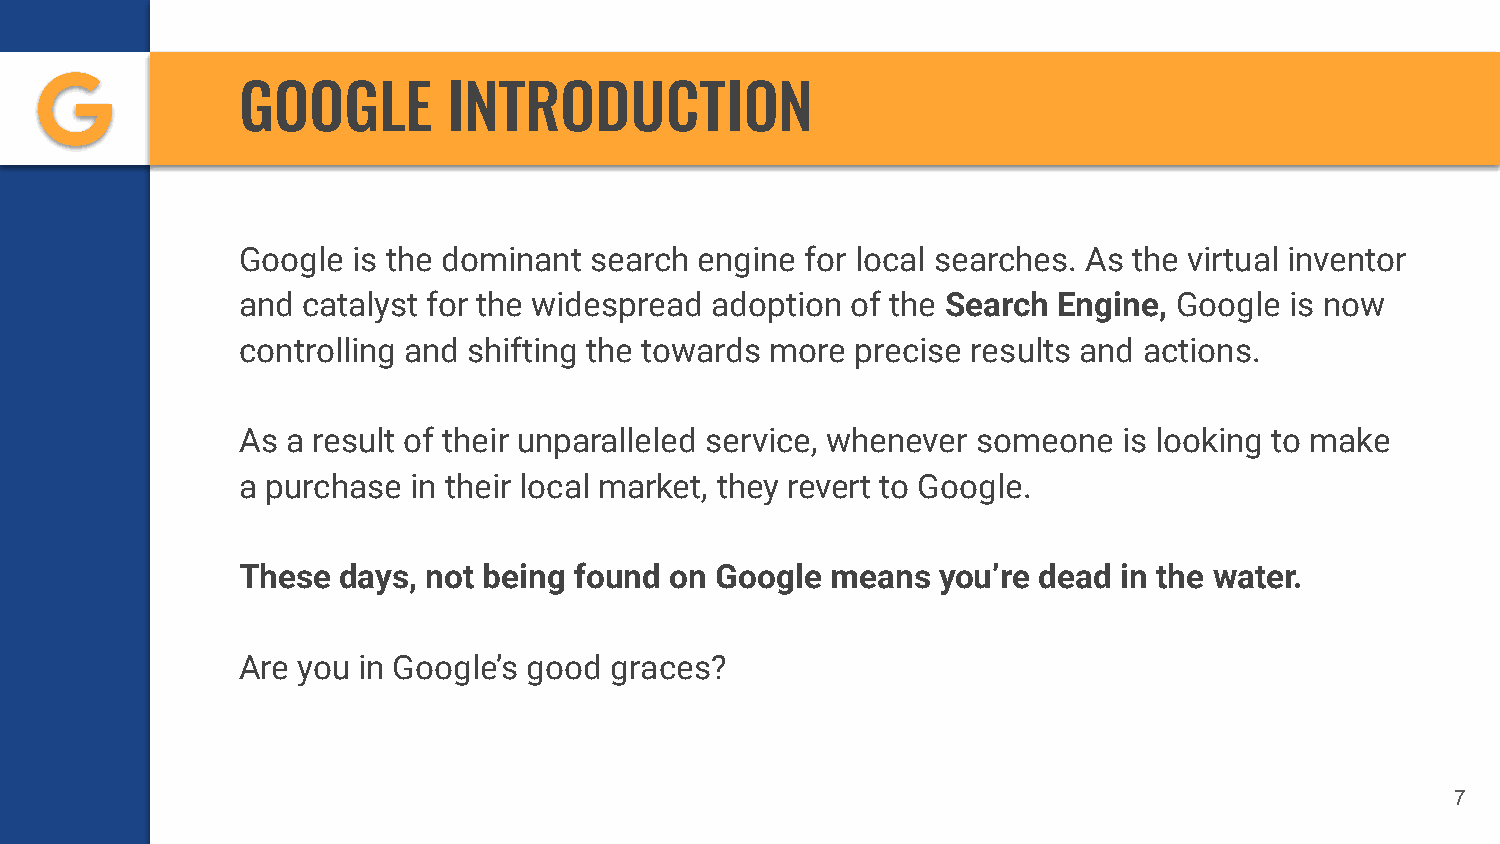
GOOGLE        INTRODUCTION
 Google is the dominant search engine for local searches. As the virtual inventor
 and catalyst for the widespread adoption of the Search Engine, Google is now
 controlling and shifting the towards more precise results and actions.
 As a result of their unparalleled service, whenever someone is looking to make
 a purchase in their local market, they revert to Google.
 These days, not being found on Google  means  you’re dead in the water.
 Are you in Google’s good graces?
 7